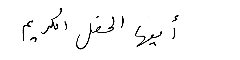
أيها الحفل الكريم